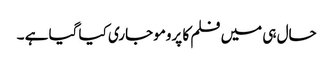
حال ہی میں فلم کا پرومو جاری کیا گیا ہے ۔